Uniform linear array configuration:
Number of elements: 64
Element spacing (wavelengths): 0.5
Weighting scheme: binomial
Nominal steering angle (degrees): -45
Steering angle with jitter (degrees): -43.877
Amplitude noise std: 0.05
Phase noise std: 0.05

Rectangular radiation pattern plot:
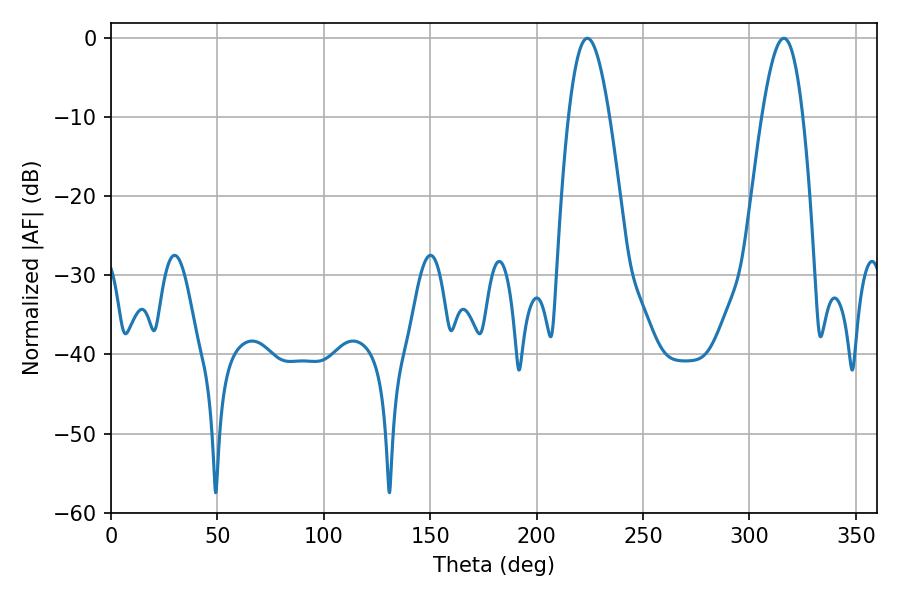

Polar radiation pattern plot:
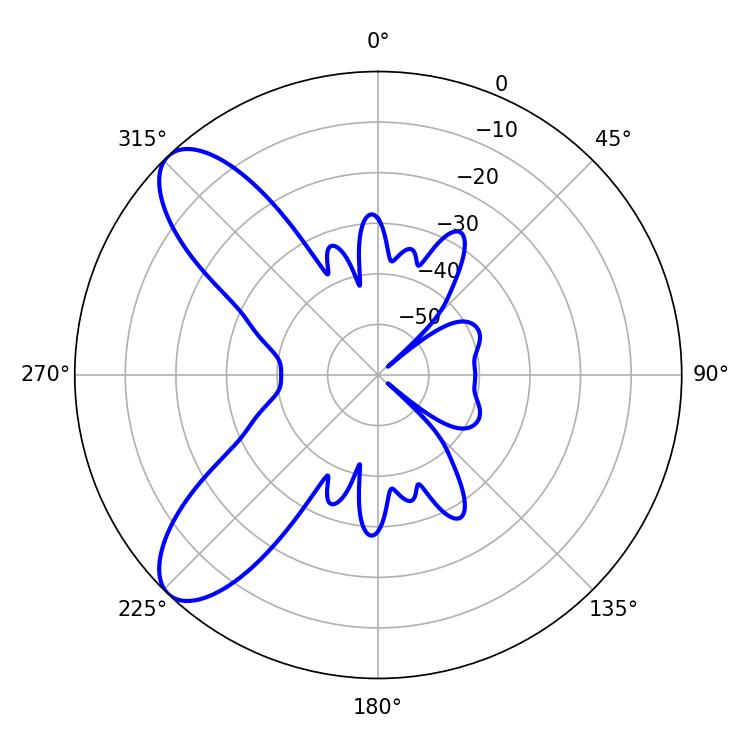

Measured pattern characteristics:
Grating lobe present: FALSE
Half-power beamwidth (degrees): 10.44
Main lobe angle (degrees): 223.74